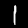
Digit: 1